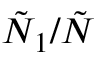
\tilde { N } _ { 1 } / \tilde { N }